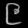
Digit: ၉